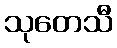
သုတေသီ